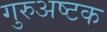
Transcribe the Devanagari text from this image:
गुरुअष्टक